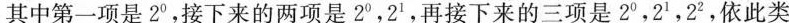
其中第一项是2^{2}，接下来的两项是2^{0}，2^{,1}，再接下来的三项是2^{0}，2^{1}，2^{2}，依此类